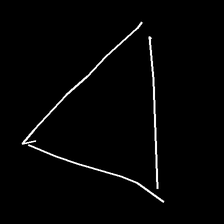
Glyph: convergence